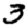
Digit: 3